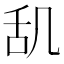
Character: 𫇔